Bombay plague: being a history of the progress of plague in the Bombay presidency from September 1896 to June 1899
Year: 1896
Disease focus: Plague
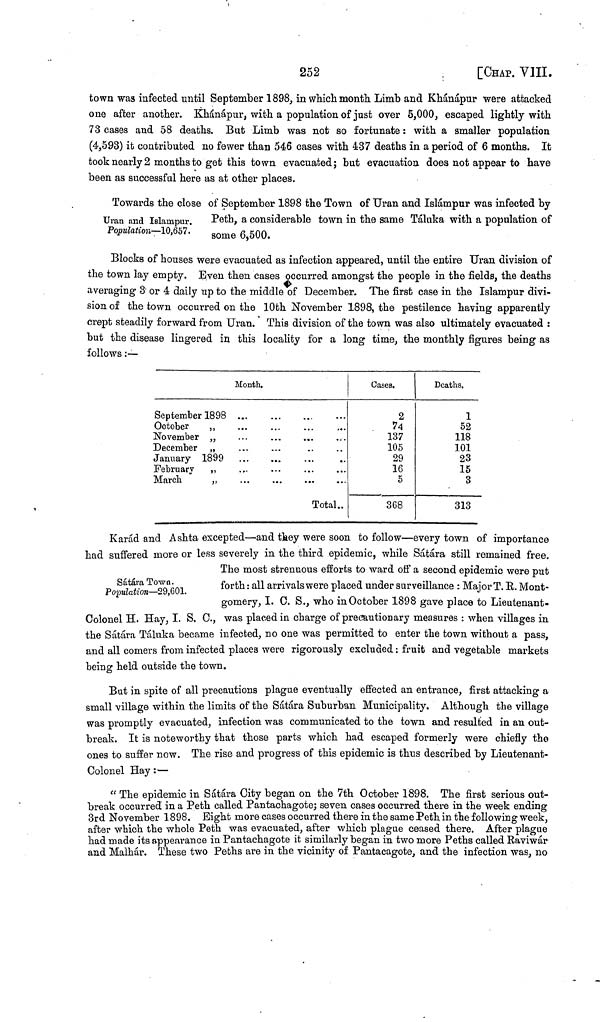
252
[CHAP. VIII.
town was infected until September 1898, in which month Limb and Khánápur were attacked
one after another. Khánápur, with a population of just over 5,000, escaped lightly with
73 cases and 58 deaths. But Limb was not so fortunate : with a smaller population
(4,593) it contributed no fewer than 546 cases with 437 deaths in a period of 6 months. It
took nearly 2 months to get this town evacuated; but evacuation does not appear to have
been as successful here as at other places.
Towards the close of September 1898 the Town of Uran and Islampur was infected by
Uran and Islarnpur.
Population—10,657.
Peth, a considerable town in the same Táluka with a population of
some 6,500.
Blocks of houses were evacuated as infection appeared, until the entire Uran division of
the town lay empty. Even then cases occurred amongst the people in the fields, the deaths
averaging 3 or 4 daily up to the middle of December. The first case in the Islampur divi-
sion of the town occurred on the 10th November 1898, the pestilence having apparently
crept steadily forward from Uran. This division of the town was also ultimately evacuated :
but the disease lingered in this locality for a long time, the monthly figures being as
follows :—
Month.
September 1898
October
,,
November „
December „
January 1899
February
,,
March
„
...
...
...
...
...
...
To
...
...
Total..
Cases.
2
74
137
105
29
16
5
368
Deaths.
1
52
118
101
23
15
3
313
Karád and Ashta excepted—and they were soon to follow—every town of importance
had suffered more or less severely in the third epidemic, while Sátára still remained free.
SátáraTown.
Population—29,601.
The most strenuous efforts to ward off a second epidemic were put
forth : all arrivals were placed under surveillance : Major T. E. Mont-
gomery, I. 0. S., who in October 1898 gave place to Lieutenant-
Colonel H. Hay, I. S. C., was placed in charge of precautionary measures : when villages in
the Sátára Táluka became infected, no one was permitted to enter the town without a pass,
and all comers from infected places were rigorously excluded : fruit and vegetable markets
being held outside the town.
But in spite of all precautions plague eventually effected an entrance, first attacking a
small village within the limits of the Sátára Suburban Municipality. Although the village
was promptly evacuated, infection was communicated to the town and resulted in an out-
break. It is noteworthy that those parts which had escaped formerly were chiefly the
ones to suffer now. The rise and progress of this epidemic is thus described by Lieutenant-
Colonel Hay :—
"The epidemic in Sátára City began on the 7th October 1898. The first serious out-
break occurred in a Peth called Pantachagote; seven cases occurred there in the week ending
3rd November 1898. Eight more cases occurred there in the same Peth in the following week,
after which the whole Peth was evacuated, after which plague ceased there. After plague
had made its appearance in Pantachagote it similarly began in two more Peths called Raviwár
and Malhár. These two Peths are in the vicinity of Pantacagote, and the infection was, no